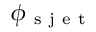
\phi _ { \mathrm { ~ s ~ j ~ e ~ t ~ } }